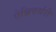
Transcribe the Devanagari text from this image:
ऐन्निवर्सरी